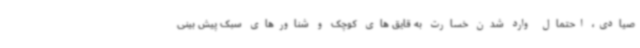
صیادی، احتمال وارد شدن خسارت به قایق های کوچک و شناورهای سبک پیش بینی